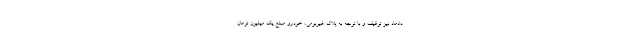
دادماد نیز توقیف و با توجه به پلاک غیربومی، خودرو مبلغ یک میلیون تومان